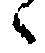
候